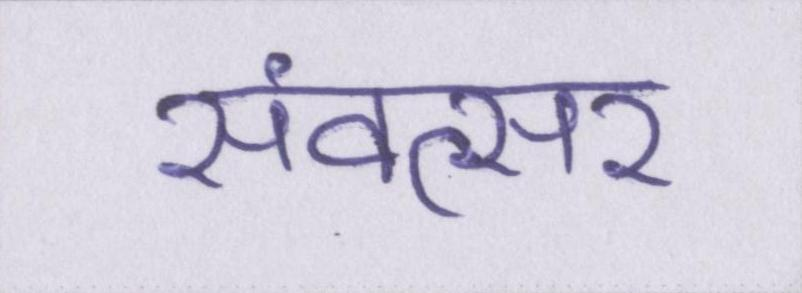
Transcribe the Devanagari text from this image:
संवत्सर